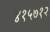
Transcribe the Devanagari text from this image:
४१५७१२